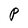
Character: P